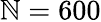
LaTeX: \mathbb{N}=600